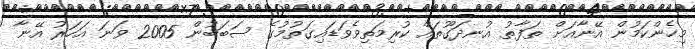
މިހެންކަމުން އޭނާއަށް ތަފާތު އުނދަގޫތައް ކުރިމަތިވެވަޑައިގަތުމުގެ ސަބަބުން 2005 ވަނަ އަހަރު އޭނާ